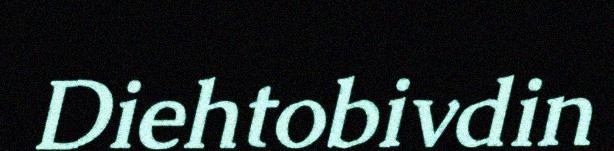
Diehtobivdin